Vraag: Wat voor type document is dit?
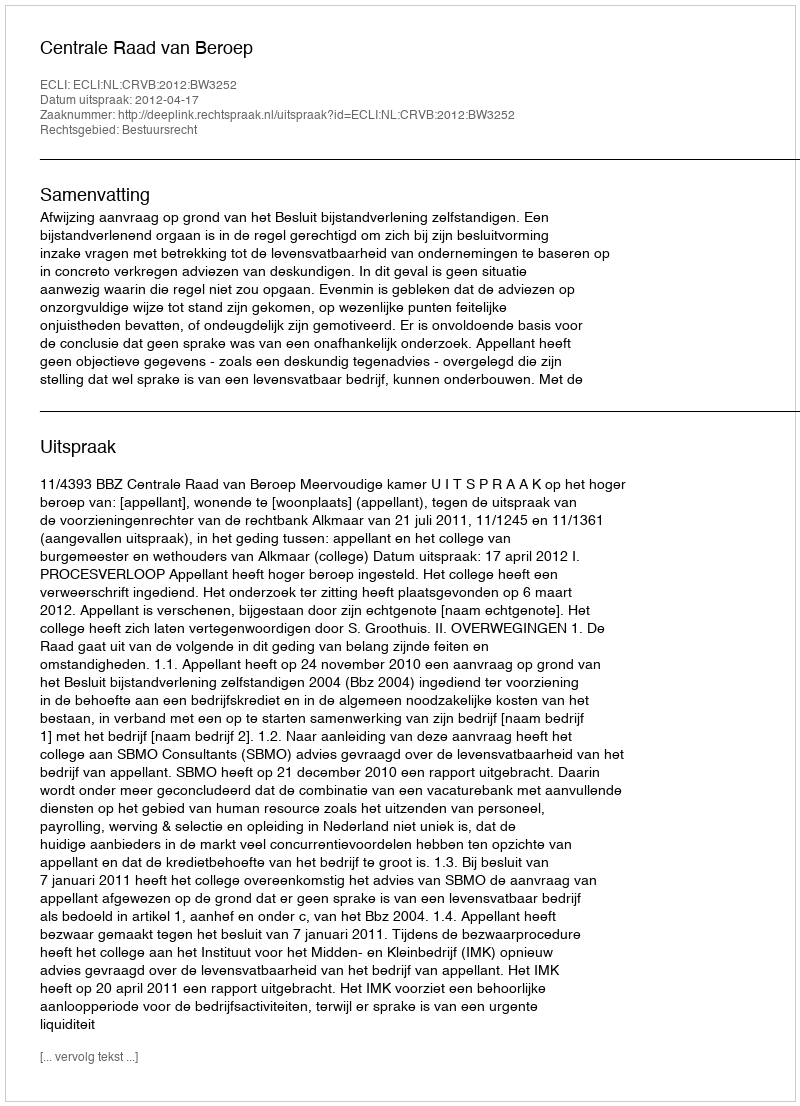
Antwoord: Uitspraak